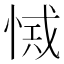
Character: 𢜾